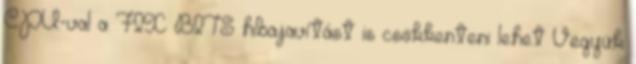
CPU-val a FIX BITS hibajavítást is csökkenteni lehet Vegyük